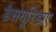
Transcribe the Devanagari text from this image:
डैसयूरिडाए